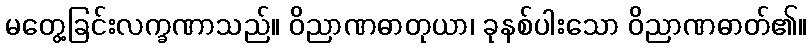
မတွေ့ခြင်းလက္ခဏာသည်။ ဝိညာဏဓာတုယာ၊ ခုနစ်ပါးသော ဝိညာဏဓာတ်၏။